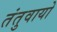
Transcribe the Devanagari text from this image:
तंतुवायो